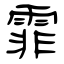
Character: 霏